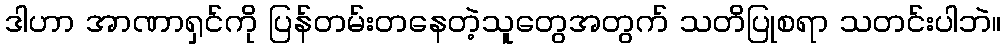
ဒါဟာ အာဏာရှင်ကို ပြန်တမ်းတနေတဲ့သူတွေအတွက် သတိပြုစရာ သတင်းပါဘဲ။